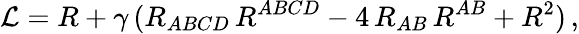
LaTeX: {\cal L}=R+\gamma\, (R_{ABCD}\, R^{ABCD}-4\, R_{AB}\, R^{AB}+R^{2})\, ,